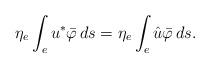
LaTeX: \begin{align*}\eta_{e} \int_e u^* \bar{\varphi}\, ds =\eta_{e} \int_e \hat{u} \bar{\varphi}\, ds.\end{align*}